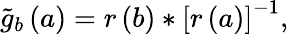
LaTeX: \tilde{g}_{b}\left(a\right)=r\left(b\right)*\left[r\left(a\right)\right]^{-1},